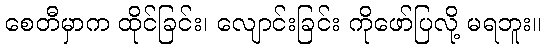
စေတီမှာက ထိုင်ခြင်း၊ လျောင်းခြင်း ကိုဖော်ပြလို့ မရဘူး။